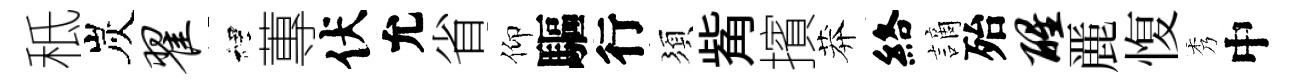
秪炭翟裡蓴伏允省仰驅行須觜擯莽絡謫殆醒䴡愎秀中